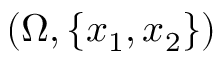
( \Omega , \{ x _ { 1 } , x _ { 2 } \} )